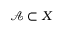
{ \mathcal { A } } \subset X